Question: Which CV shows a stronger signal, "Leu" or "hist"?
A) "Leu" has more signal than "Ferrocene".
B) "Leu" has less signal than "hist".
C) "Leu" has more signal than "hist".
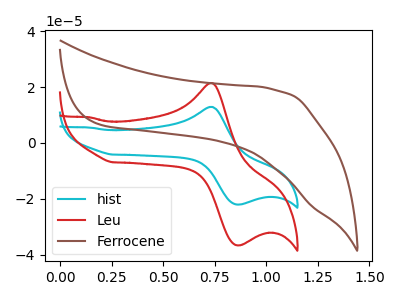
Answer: <think>The cyan curve "hist" has an anodic peak at (0.75V, 12.90uA) and a cathodic peak at (0.85V, -22.05uA). The red curve "Leu" has an anodic peak at (0.75V, 21.45uA) and a cathodic peak at (0.85V, -36.65uA). The brown curve "Ferrocene" has no peaks.
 All the peaks in "Leu" have a peak in "hist" at the same potential. Every peak in "Leu" is higher than every peak in "hist".</think>
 <answer>C) "Leu" has more signal than "hist".</answer>
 <eval>C</eval>